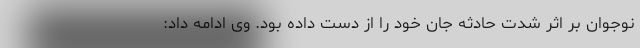
نوجوان بر اثر شدت حادثه جان خود را از دست داده بود. وی ادامه داد: